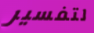
لتفسير